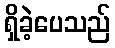
ရှိခဲ့ပေသည်